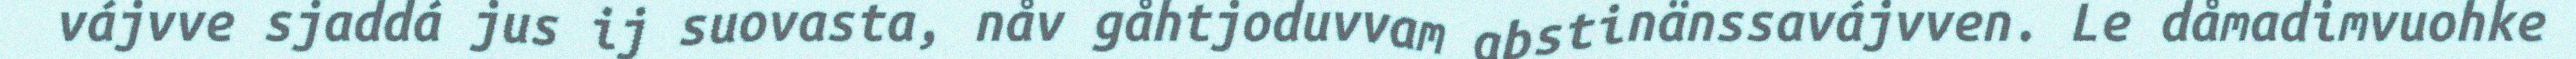
vájvve sjaddá jus ij suovasta, nåv gåhtjoduvvam abstinänssavájvven. Le dåmadimvuohke